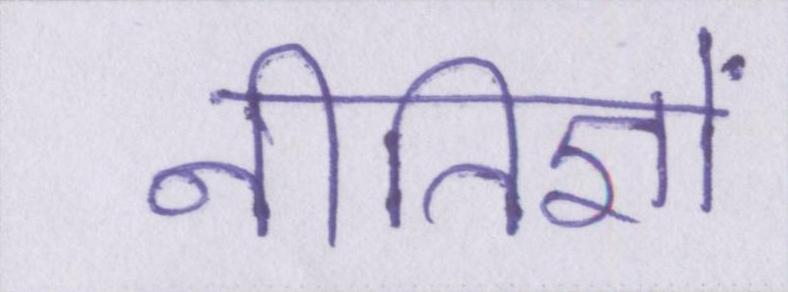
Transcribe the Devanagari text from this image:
नीतिज्ञों